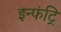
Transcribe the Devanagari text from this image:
इन्फंट्रि